Report of an investigation into the causes of malaria in Bombay and the measures necessary for its control
Disease focus: Malaria
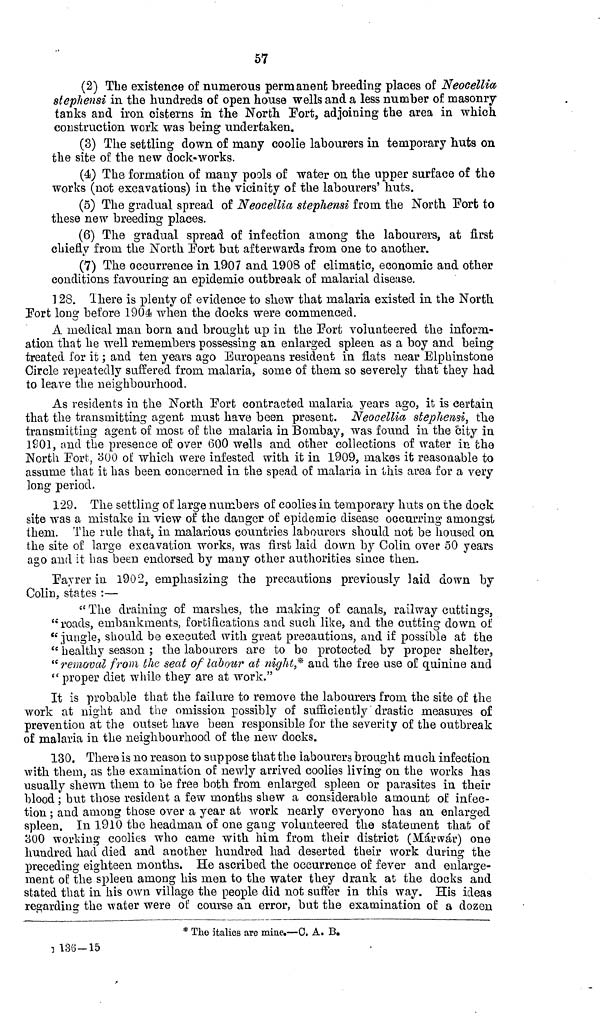
57
(2) The existence of numerous permanent breeding places of Neocellia
stephensi in the hundreds of open house wells and a less number of masonry
tanks and iron cisterns in the North Port, adjoining the area in which
construction work was being undertaken.
(3) The settling down of many coolie labourers in temporary huts on
the site of the new dock-works.
(4) The formation of many pools of water on the upper surface of the
works (not excavations) in the vicinity of the labourers' huts.
(5) The gradual spread of Neocellia stephensi from the North Port to
these new breeding places.
(6) The gradual spread of infection among the labourers, at first
chiefly from the North Port but afterwards from one to another.
(7) The occurrence in 1907 and 1908 of climatic, economic and other
conditions favouring an epidemic outbreak of malarial disease.
128. There is plenty of evidence to show that malaria existed in the North
Port long before 1904 when the docks were commenced.
A medical man born and brought up in the Port volunteered the inform-
ation that he well remembers possessing an enlarged spleen as a boy and being
treated for it ; and ten years ago Europeans resident in flats near Elphinstone
Circle repeatedly suffered from malaria, some of them so severely that they had
to leave the neighbourhood.
As residents in the North Port contracted malaria years ago, it is certain
that the transmitting agent must have been present. Neocellia, stephensi, the
transmitting agent of most of the malaria in Bombay, was found in the city in
1601, and the presence of over 600 wells and other collections of water in the
North Fort, 300 of which were infested with it in 1909, makes it reasonable to
assume that it has been concerned in the spead of malaria in this area for a very
long period.
129. The settling of large numbers of coolies in temporary huts on the dock
site was a mistake in view of the danger of epidemic disease occurring amongst
them. The rule that, in malarious countries labourers should not be housed on
the site of large excavation works, was first laid down by Colin over 50 years
ago and it has been endorsed by many other authorities since then.
Fayrer in 1902, emphasizing the precautions previously laid down by
Colin, states :—
"The draining of marshes, the making of canals, railway cuttings,
"roads, embankments, fortifications and suck like, and the cutting down of
"jungle, should be executed with great precautions, and if possible at the
"healthy season ; the labourers are to be protected by proper shelter,
"removal from the seat of labour at night,* and the free use of quinine and
"proper diet while they are at work."
It is probable that the failure to remove the labourers from the site of the
work at night and the omission possibly of sufficiently' drastic measures of
prevention at the outset have been responsible for the severity of the outbreak
of malaria in the neighbourhood of the new docks.
130. There is no reason to suppose that the labourers brought much infection
with them, as the examination of newly arrived coolies living on the works has
usually shewn them to be free both from enlarged spleen or parasites in their
blood ; but those resident a few months shew a considerable amount of infec-
tion ; and among those over a year at work nearly everyone has an enlarged
spleen. In 1910 the headman of one gang volunteered the statement that of
300 working coolies who came with him from their district (Márwár) one
hundred had died and another hundred had deserted their work during the
preceding eighteen months. He ascribed the occurrence of fever and enlarge-
ment of the spleen among his men to the water they drank at the docks and
stated that in his own village the people did not suffer in this way. His ideas
regarding the water were of course an error, but the examination of a dozen
* The italies are mine.—C. A. B.
136-15